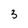
Character: 3